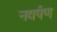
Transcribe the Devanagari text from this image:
नद्यर्पण